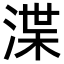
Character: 渫